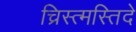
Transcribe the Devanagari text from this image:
च्रिस्त्मस्तिदे